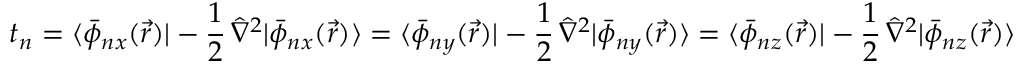
t _ { n } = \langle \bar { \phi } _ { n x } ( \vec { r } ) | - \frac { 1 } { 2 } \, \hat { \nabla } ^ { 2 } | \bar { \phi } _ { n x } ( \vec { r } ) \rangle = \langle \bar { \phi } _ { n y } ( \vec { r } ) | - \frac { 1 } { 2 } \, \hat { \nabla } ^ { 2 } | \bar { \phi } _ { n y } ( \vec { r } ) \rangle = \langle \bar { \phi } _ { n z } ( \vec { r } ) | - \frac { 1 } { 2 } \, \hat { \nabla } ^ { 2 } | \bar { \phi } _ { n z } ( \vec { r } ) \rangle